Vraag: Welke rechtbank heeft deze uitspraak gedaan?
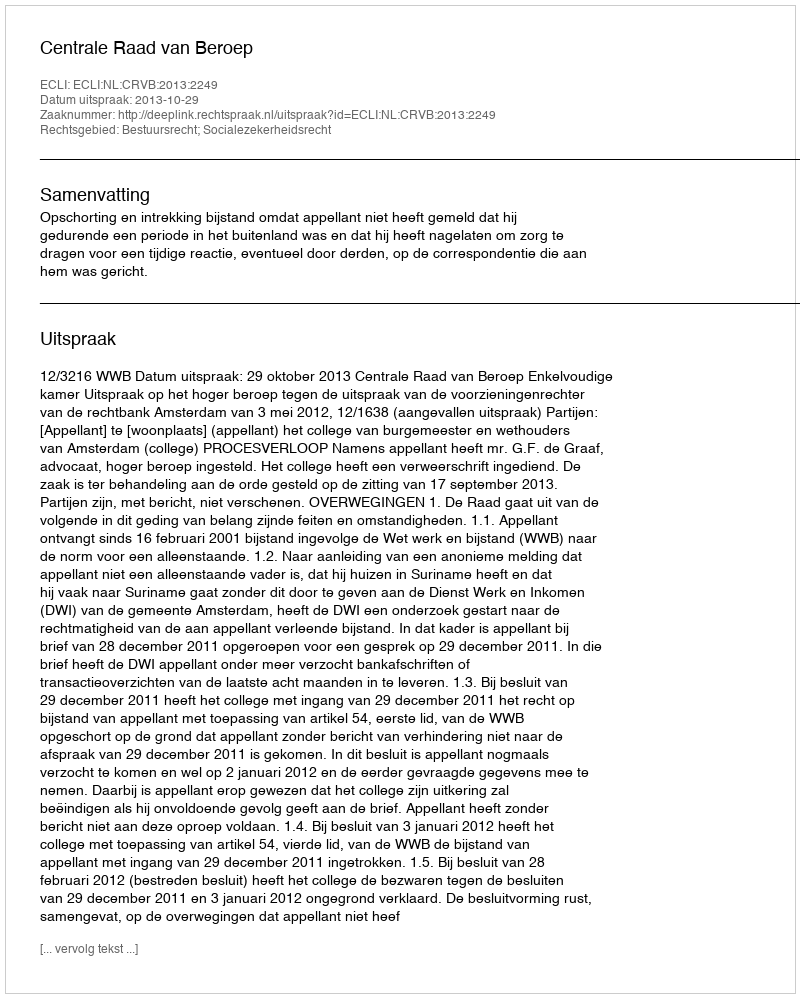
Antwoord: Centrale Raad van Beroep